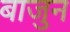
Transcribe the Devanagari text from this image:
बाजुन